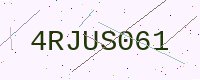
Text: 4RJUS061